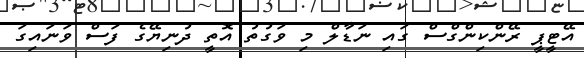
އޭޓީޕީ ރޭންކިންގްސް ގައި ނަޑާލް މި ވަގުތު އޮތީ ދުނިޔޭގެ ފަސް ވަނައިގަ